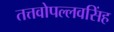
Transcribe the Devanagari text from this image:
तत्तवोपल्लवसिंह